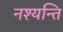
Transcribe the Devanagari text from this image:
नश्यन्ति